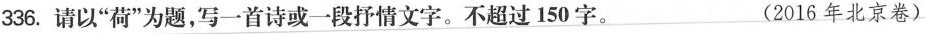
336. 请以”荷”为题，写一首诗或一段抒情文字。不超过150字。 (2016年北京卷)